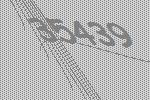
35439